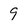
Character: 9